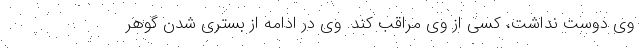
وی دوست نداشت، کسی از وی مراقب کند. وی در ادامه از بستری شدن گوهر